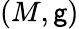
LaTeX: (M,\mathsf{g})